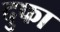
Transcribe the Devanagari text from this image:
दुफा